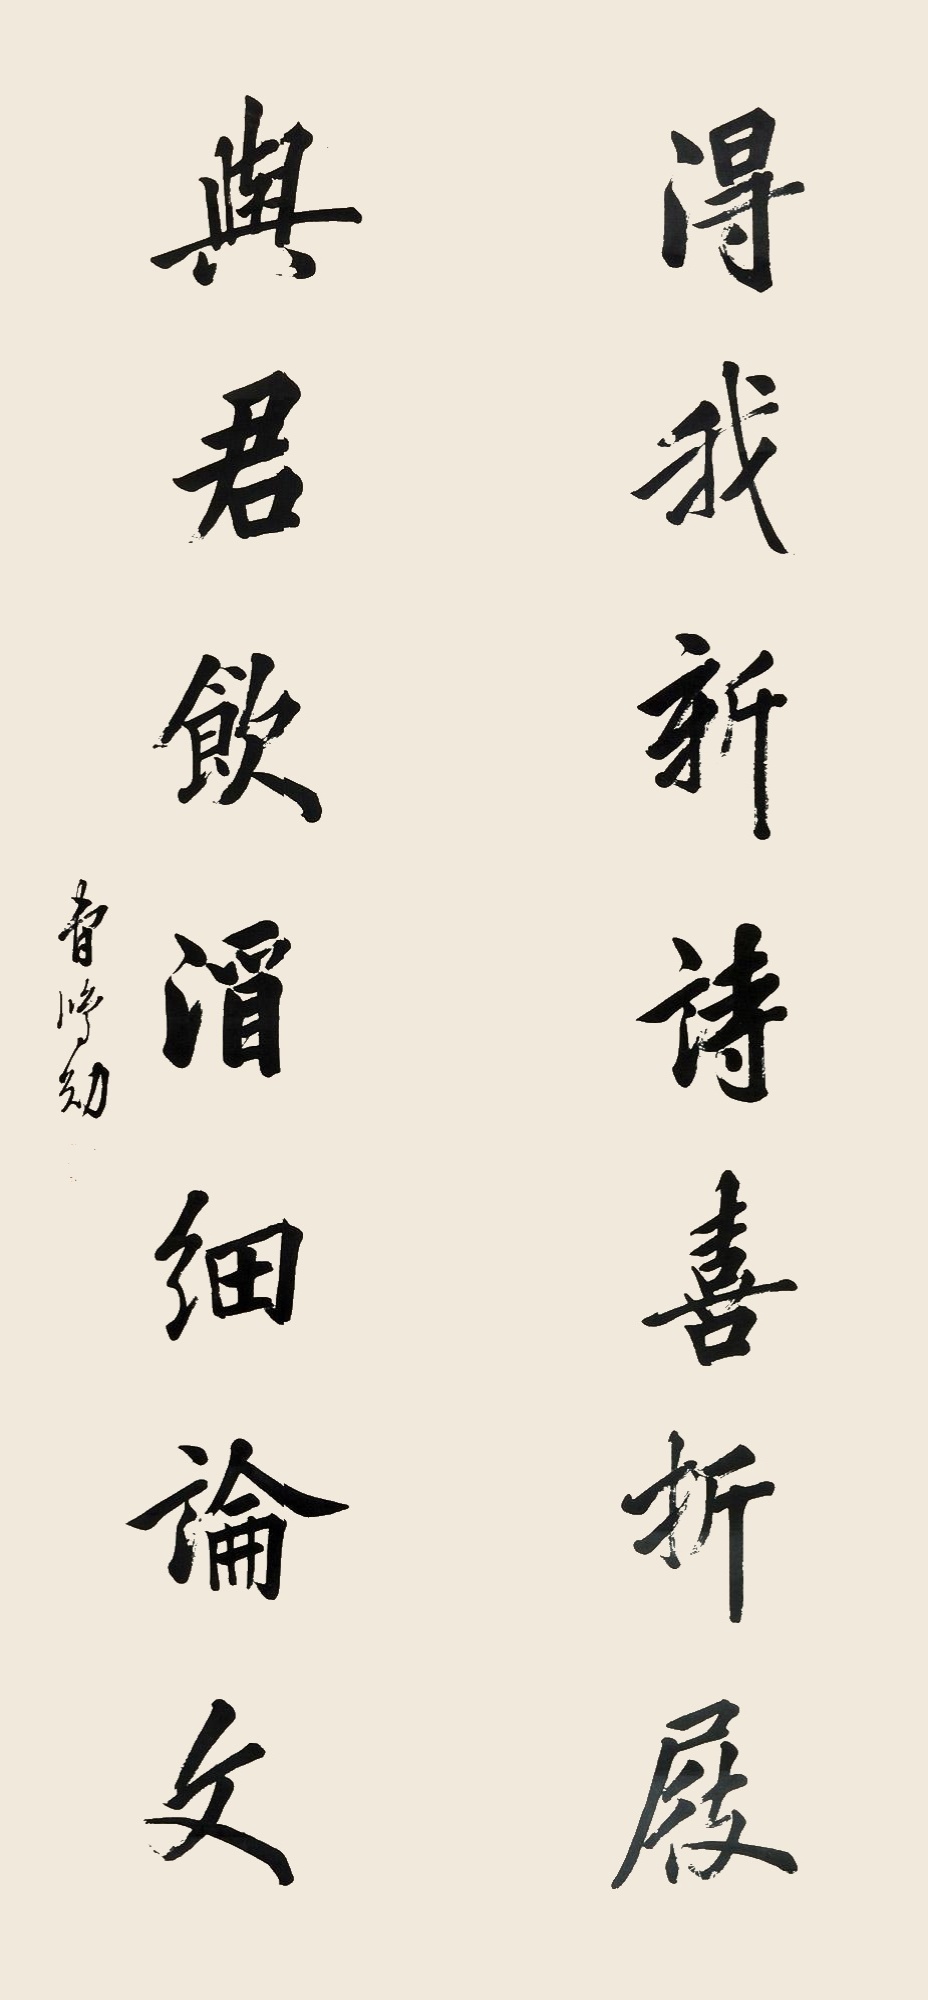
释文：得我新诗喜折屐，与君饮酒细论文。曹鸿勋。